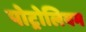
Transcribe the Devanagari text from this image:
पोट्रोलियम